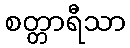
စတ္တာရီသာ